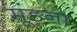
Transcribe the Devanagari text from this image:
मूंड़ना